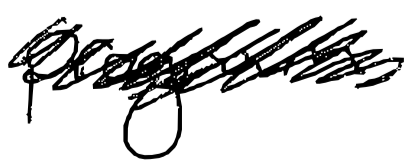
Text: program.
Cross-out: scratch
Writing tool: digital_black